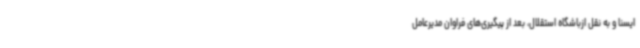
ایسنا و به نقل ازباشگاه استقلال، بعد از پیگیری‌های فراوان مدیرعامل